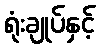
ရုံးချုပ်နှင့်